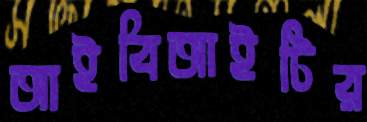
আইবিআইটির